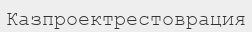
Казпроектрестоврация